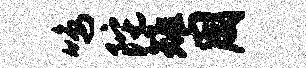
鸣陀雉周